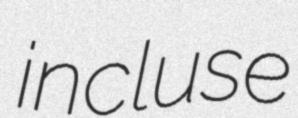
incluse